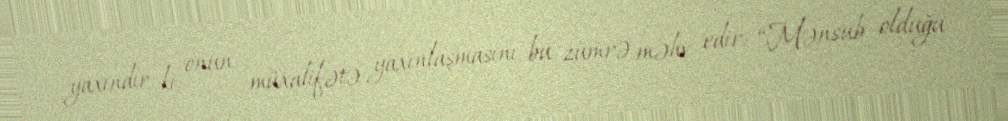
yaxındır ki, onun müxalifətə yaxınlaşmasını bu zümrə məhv edir: “Mənsub olduğu